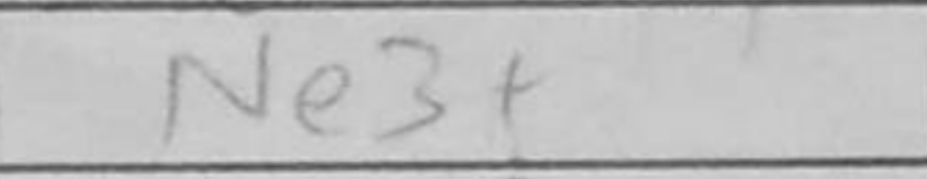
Transcription: Ne3+